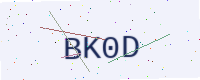
Text: BK0D